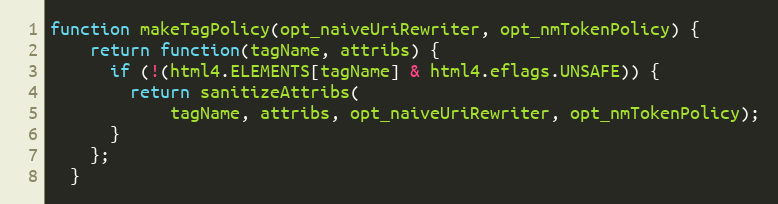
Language: JavaScript
function makeTagPolicy(opt_naiveUriRewriter, opt_nmTokenPolicy) {
    return function(tagName, attribs) {
      if (!(html4.ELEMENTS[tagName] & html4.eflags.UNSAFE)) {
        return sanitizeAttribs(
            tagName, attribs, opt_naiveUriRewriter, opt_nmTokenPolicy);
      }
    };
  }